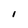
Character: l